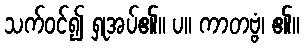
သက်ဝင်၍ ရှုအပ်၏။ ပ။ ကာတဗ္ဗံ၊ ၏။